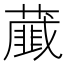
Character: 𦿱